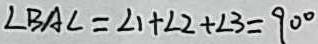
\angle B A C = \angle 1 + \angle 2 + \angle 3 = 9 0 ^ { \circ }